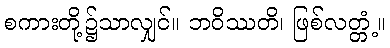
စကားတို့၌သာလျှင်။ ဘဝိဿတိ၊ ဖြစ်လတ္တံ့။